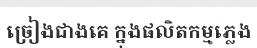
ច្រៀងជាងគេ ក្នុងផលិតកម្មភ្លេង